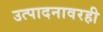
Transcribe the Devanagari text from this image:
उत्पादनावरही